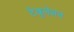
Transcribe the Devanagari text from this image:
टैबुलेशन